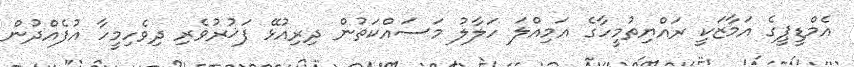
އެމްޑީޕީގެ އަމާޒަކީ ރައްޔިތުމީހާގެ އަމިއްލަ ހަލާލު މަސައްކަތުން ދިރިއުޅޭ ފަޚުރުވެރި ދިވެހިމީހާ އުފެއްދުން